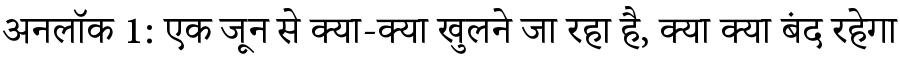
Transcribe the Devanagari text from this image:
अनलॉक 1: एक जून से क्या-क्या खुलने जा रहा है, क्या क्या बंद रहेगा